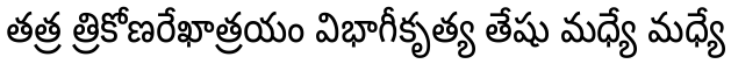
తత్ర త్రికోణరేఖాత్రయం విభాగీకృత్య తేషు మధ్యే మధ్యే